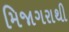
મિજાગરાથી